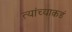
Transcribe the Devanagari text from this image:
त्यांच्याकडं